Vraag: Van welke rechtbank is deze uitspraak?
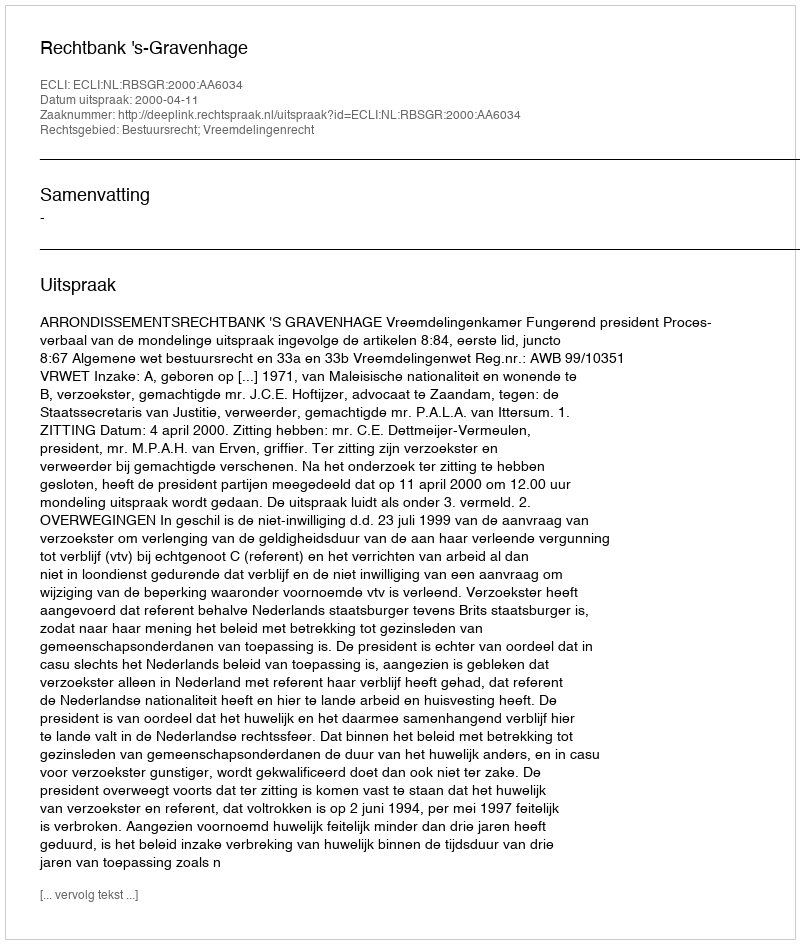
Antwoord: Rechtbank 's-Gravenhage